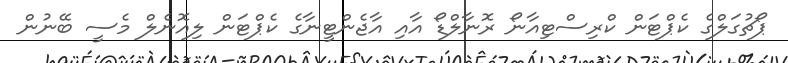
ޕޯޗުގަލްގެ ކެޕްޓަން ކްރިސްޓިއާނޯ ރޮނާލްޑޯ އާއި އާޖެންޓީނާގެ ކެޕްޓަން ލިއޮނެލް މެސީ ބޭނުން